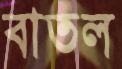
বাতল